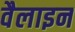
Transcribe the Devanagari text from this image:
वैलाइन